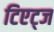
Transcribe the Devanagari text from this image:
टिएट्ज